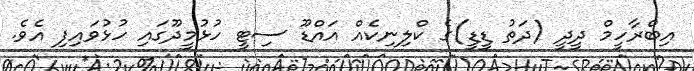
އިބްރާހީމް ދީދީ (ދަތު ޑީޑީ)ގެ ކްލިނިކެއް އައްޑޫ ސިޓީ ހުޅުމީދޫގައި ހުޅުވައިފި އެވެ.